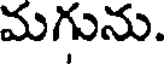
మగును.